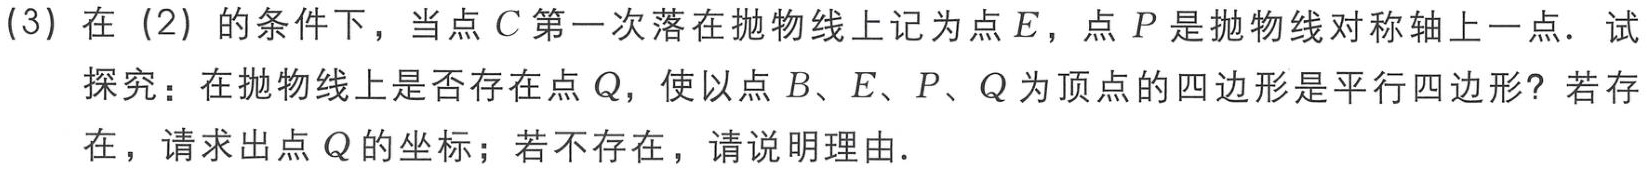
(3) 在（2）的条件下，当点\(C\)第一次落在抛物线上记为点\(E\)，点\(P\)是抛物线对称轴上一点．试探究：在抛物线上是否存在点\(Q\)，使以点\(B、E、P、Q\)为顶点的四边形是平行四边形？若存在，请求出点\(Q\)的坐标；若不存在，请说明理由．